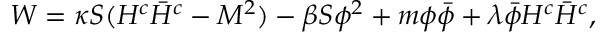
W = \kappa S ( H ^ { c } \bar { H } ^ { c } - M ^ { 2 } ) - \beta S \phi ^ { 2 } + m \phi \bar { \phi } + \lambda \bar { \phi } H ^ { c } \bar { H } ^ { c } ,